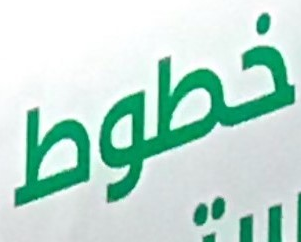
خطوط